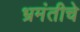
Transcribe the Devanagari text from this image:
भ्रमंतीचे